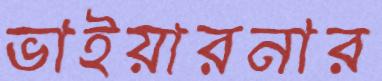
ভাইয়ারনার